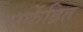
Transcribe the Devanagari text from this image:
सकेंद्रित